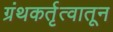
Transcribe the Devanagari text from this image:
ग्रंथकर्तृत्वातून